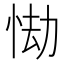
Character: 㤼